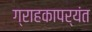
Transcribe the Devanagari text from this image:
ग्राहकापर्यंत